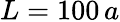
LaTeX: L=100\, a